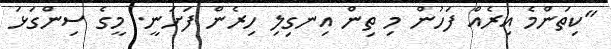
"ކިތަންމެ އިރެއް ފަހުން މި ތިން އިނގިލި ހިރެން ފަށަނީ. މީގެ ސިންގަޅަ